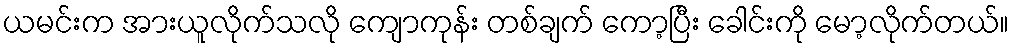
ယမင်းက အားယူလိုက်သလို ကျောကုန်း တစ်ချက် ကော့ပြီး ခေါင်းကို မော့လိုက်တယ်။